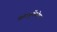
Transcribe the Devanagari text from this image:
पाव्ल्युचेंकोवा